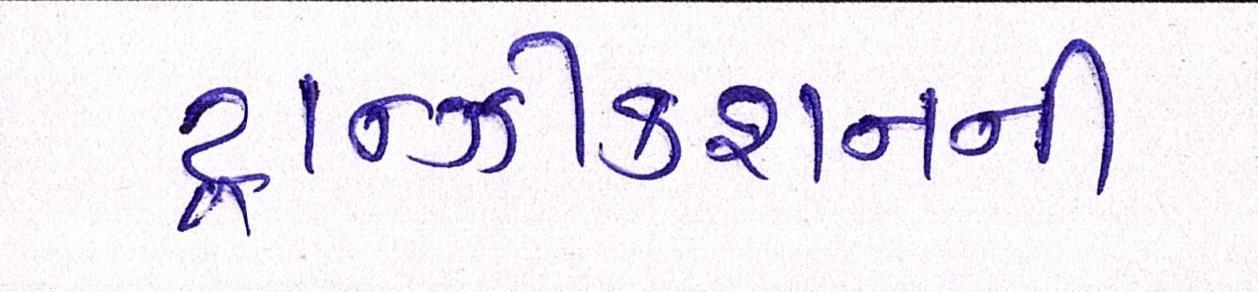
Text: ટ્રાન્ઝીકશનની